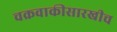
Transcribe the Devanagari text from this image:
चक्रवाकीसारखीच